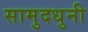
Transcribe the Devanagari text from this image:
सामुदधुनी